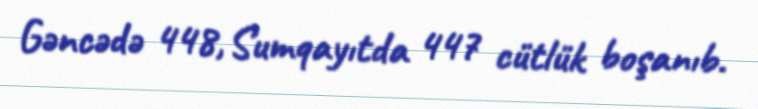
Gəncədə 448, Sumqayıtda 447 cütlük boşanıb.